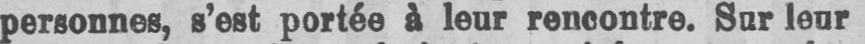
personnes, s’est portée à leur rencontre. Sur leur